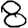
Digit: 8